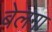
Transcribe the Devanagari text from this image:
बेलगा